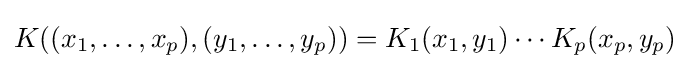
K((x_{1},\ldots ,x_{p}),(y_{1},\ldots ,y_{p}))=K_{1}(x_{1},y_{1})\cdots K_{p}(x_{p},y_{p})